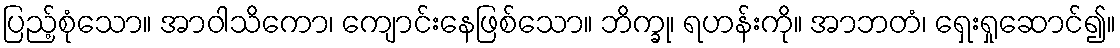
ပြည့်စုံသော။ အာဝါသိကော၊ ကျောင်းနေဖြစ်သော။ ဘိက္ခု၊ ရဟန်းကို။ အာဘတံ၊ ရှေးရှုဆောင်၍။